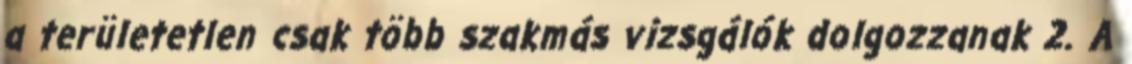
a területetlen csak több szakmás vizsgálók dolgozzanak 2. A